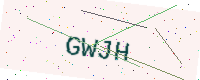
Text: GWJH